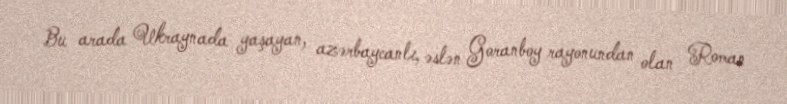
Bu arada Ukraynada yaşayan, azərbaycanlı, əslən Goranboy rayonundan olan Roman